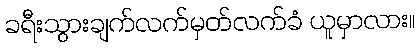
ခရီးသွားချက်လက်မှတ်လက်ခံ ယူမှာလား။